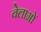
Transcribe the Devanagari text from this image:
वेलाओं